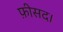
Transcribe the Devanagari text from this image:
फ़ीसद।